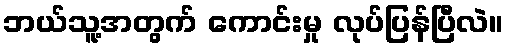
ဘယ်သူ့အတွက် ကောင်းမှု လုပ်ပြန်ပြီလဲ။